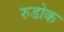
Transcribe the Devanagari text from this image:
रुडोक